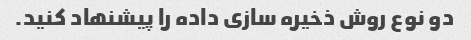
دو نوع روش ذخیره سازی داده را پیشنهاد کنید.